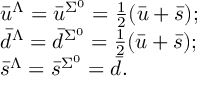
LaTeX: \begin{array} { l l l c } { { \bar { u } ^ { \Lambda } = \bar { u } ^ { \Sigma ^ { 0 } } = \frac { 1 } { 2 } ( \bar { u } + \bar { s } ) ; } } \\ { { \bar { d } ^ { \Lambda } = \bar { d } ^ { \Sigma ^ { 0 } } = \frac { 1 } { 2 } ( \bar { u } + \bar { s } ) ; } } \\ { { \bar { s } ^ { \Lambda } = \bar { s } ^ { \Sigma ^ { 0 } } = \bar { d } . } } \end{array}